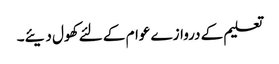
تعلیم کے دروازے عوام کے لئے کھول دیئے۔